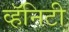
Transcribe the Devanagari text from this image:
व्हॅनिटी